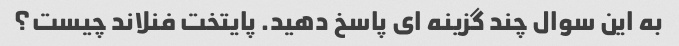
به این سوال چند گزینه ای پاسخ دهید. پایتخت فنلاند چیست؟